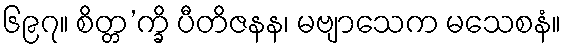
၆၉၇။ စိတ္တ’က္ခိ ပီတိဇနန၊ မဗျာသေက မသေစနံ။